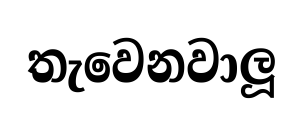
තැවෙනවාලූ